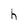
Character: h